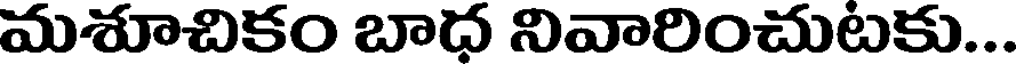
మశూచికం బాధ నివారించుటకు...